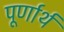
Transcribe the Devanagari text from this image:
पूर्णार्थ